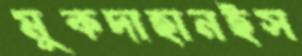
মুকদাহানইস